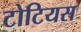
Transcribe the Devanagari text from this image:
टोटियस